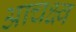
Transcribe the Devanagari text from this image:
आचक्ष्व